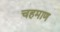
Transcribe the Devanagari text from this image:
चहमाण